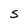
Character: S